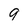
Character: 9